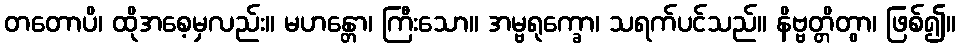
တတောပိ၊ ထိုအစေ့မှလည်း။ မဟန္တော၊ ကြီးသော။ အမ္ဗရုက္ခော၊ သရက်ပင်သည်။ နိဗ္ဗတ္တိတွာ၊ ဖြစ်၍။